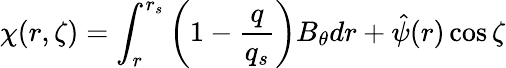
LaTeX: \chi(r,\zeta)=\int_{r}^{r_{s}}\left(1-\frac{q}{q_{s}}\right)B_{\theta}dr+\hat{\psi}(r)\cos{\zeta}